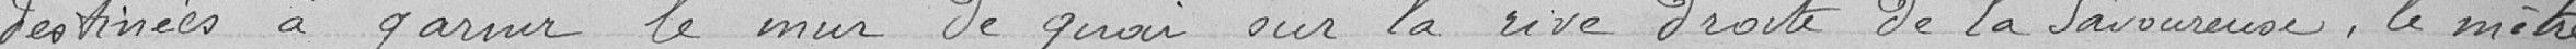
destinées à garnie le mur du quai sur la rive droite de la Savoureuse, le mètre